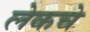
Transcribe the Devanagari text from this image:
लेकचे